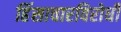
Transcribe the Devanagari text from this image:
हिंसाचारविरोधी